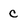
Character: c